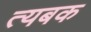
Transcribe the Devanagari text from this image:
त्यबक